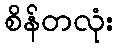
စိန်တလုံး